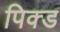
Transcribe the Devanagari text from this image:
पिक्ड